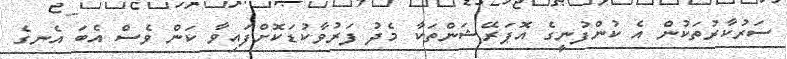
ސަރުކާރުތަކުން އެ ކުންފުނީގެ އޮޕަރޭޝަންތަކާ މެދު ފަރުވާކުޑަކޮށްފައިވާ ކަން ވެސް އެބަ އެނގެ